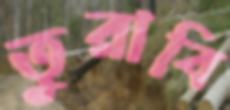
তুরাবি